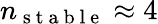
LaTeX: n_{\mathrm{~s~t~a~b~l~e~}}\approx 4